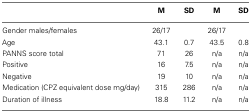
<table><thead><tr><td></td><td><b>M</b></td><td><b>SD</b></td><td><b>M</b></td><td><b>SD</b></td></tr></thead><tbody><tr><td>Gender males/females</td><td>26/17</td><td></td><td>26/17</td><td></td></tr><tr><td>Age</td><td>43.1</td><td>0.7</td><td>43.5</td><td>0.8</td></tr><tr><td>PANNS score total</td><td>71</td><td>26</td><td>n/a</td><td>n/a</td></tr><tr><td>Positive</td><td>16</td><td>7.5</td><td>n/a</td><td>n/a</td></tr><tr><td>Negative</td><td>19</td><td>10</td><td>n/a</td><td>n/a</td></tr><tr><td>Medication (CPZ equivalent dose mg/day)</td><td>315</td><td>286</td><td>n/a</td><td>n/a</td></tr><tr><td>Duration of illness</td><td>18.8</td><td>11.2</td><td>n/a</td><td>n/a</td></tr></tbody></table>